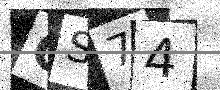
Text: OS74